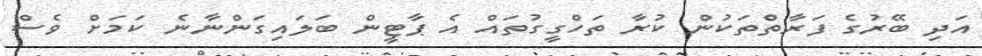
އަދި ބޭރުގެ ފަރާތްތަކުން ކުރާ ތަހްގީގުތައް އެ ޕާޓީން ބަލައިގަންނާނެ ކަމަށް ވެސް